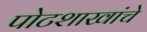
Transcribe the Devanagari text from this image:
पोटशाखांचे